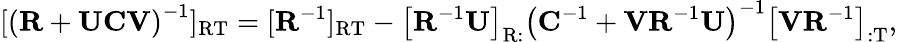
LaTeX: [\left(\mathbf{R}+\mathbf{UCV}\right)^{-1}]_{\mathrm{RT}}=[\mathbf{R}^{-1}]_{\mathrm{RT}}-\left[\mathbf{R}^{-1}\mathbf{U}\right]_{\mathrm{R:}}\left(\mathbf{C}^{-1}+\mathbf{VR}^{-1}\mathbf{U}\right)^{-1}\left[\mathbf{V}\mathbf{R}^{-1}\right]_{\mathrm{:T}},